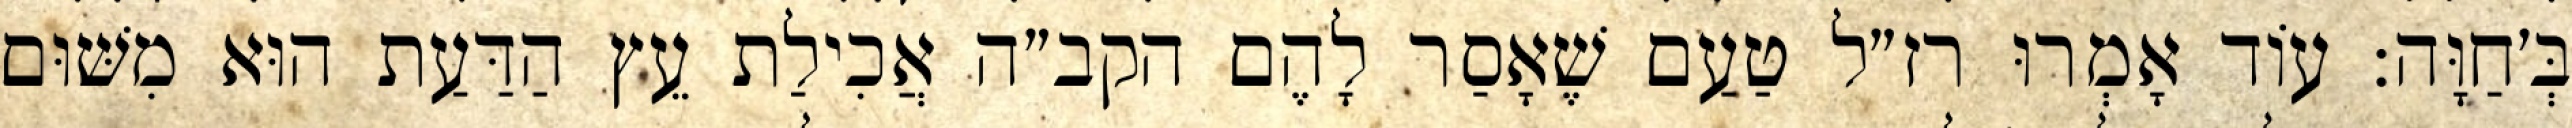
בְּ׳חַוָּה: עוֹד אָמְרוּ רז״ל טַעַם שֶׁאָסַר לָהֶם הקב״ה אֲכִילַת עֵץ הַדַּעַת הוּא מִשּׁוּם